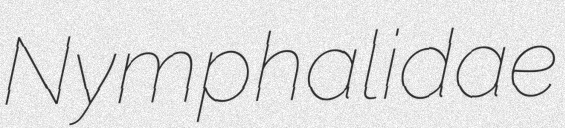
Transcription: Nymphalidae